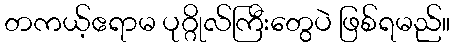
တကယ့်ဧရာမ ပုဂ္ဂိုလ်ကြီးတွေပဲ ဖြစ်ရမည်။